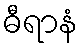
ဓီရာနံ